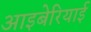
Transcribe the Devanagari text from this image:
आइबेरियाई